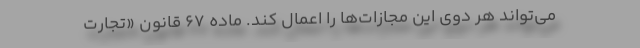
می‌تواند هر دوی این مجازات‌ها را اعمال کند. ماده ۶۷ قانون «تجارت